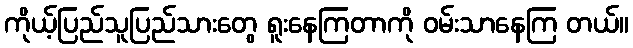
ကိုယ့်ပြည်သူပြည်သားတွေ ရူးနေကြတာကို ဝမ်းသာနေကြ တယ်။